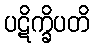
ပဋိက္ခိပတိ